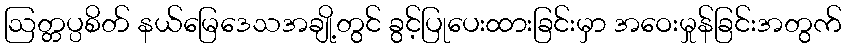
ဩတ္တပ္ပစိတ် နယ်မြေဒေသအချို့တွင် ခွင့်ပြုပေးထားခြင်းမှာ အဝေးမှုန်ခြင်းအတွက်